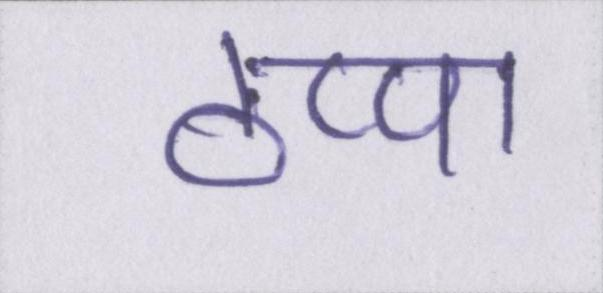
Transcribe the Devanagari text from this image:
ठप्पा